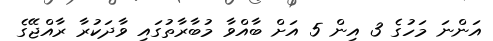
އަންނަ މަހުގެ 3 އިން 5 އަށް ބާއްވާ މުބާރާތުގައި ވާދަކުރާ ރާއްޖޭގެ